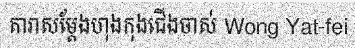
តារាសម្តែងហុងកុងជើងចាស់ Wong Yat-fei